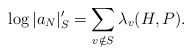
\begin{align*}\log |a_N|_S' = \sum_{v\notin S} \lambda_v(H, P).\end{align*}